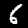
Digit: 6